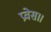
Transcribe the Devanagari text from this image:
प्रवेस।।